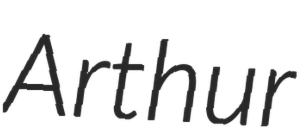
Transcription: Arthur